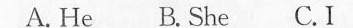
A. He B. She C.I